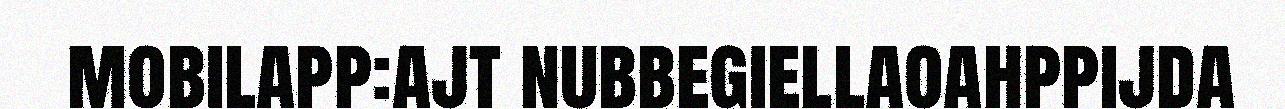
mobilapp:ajt nubbegiellaoahppijda